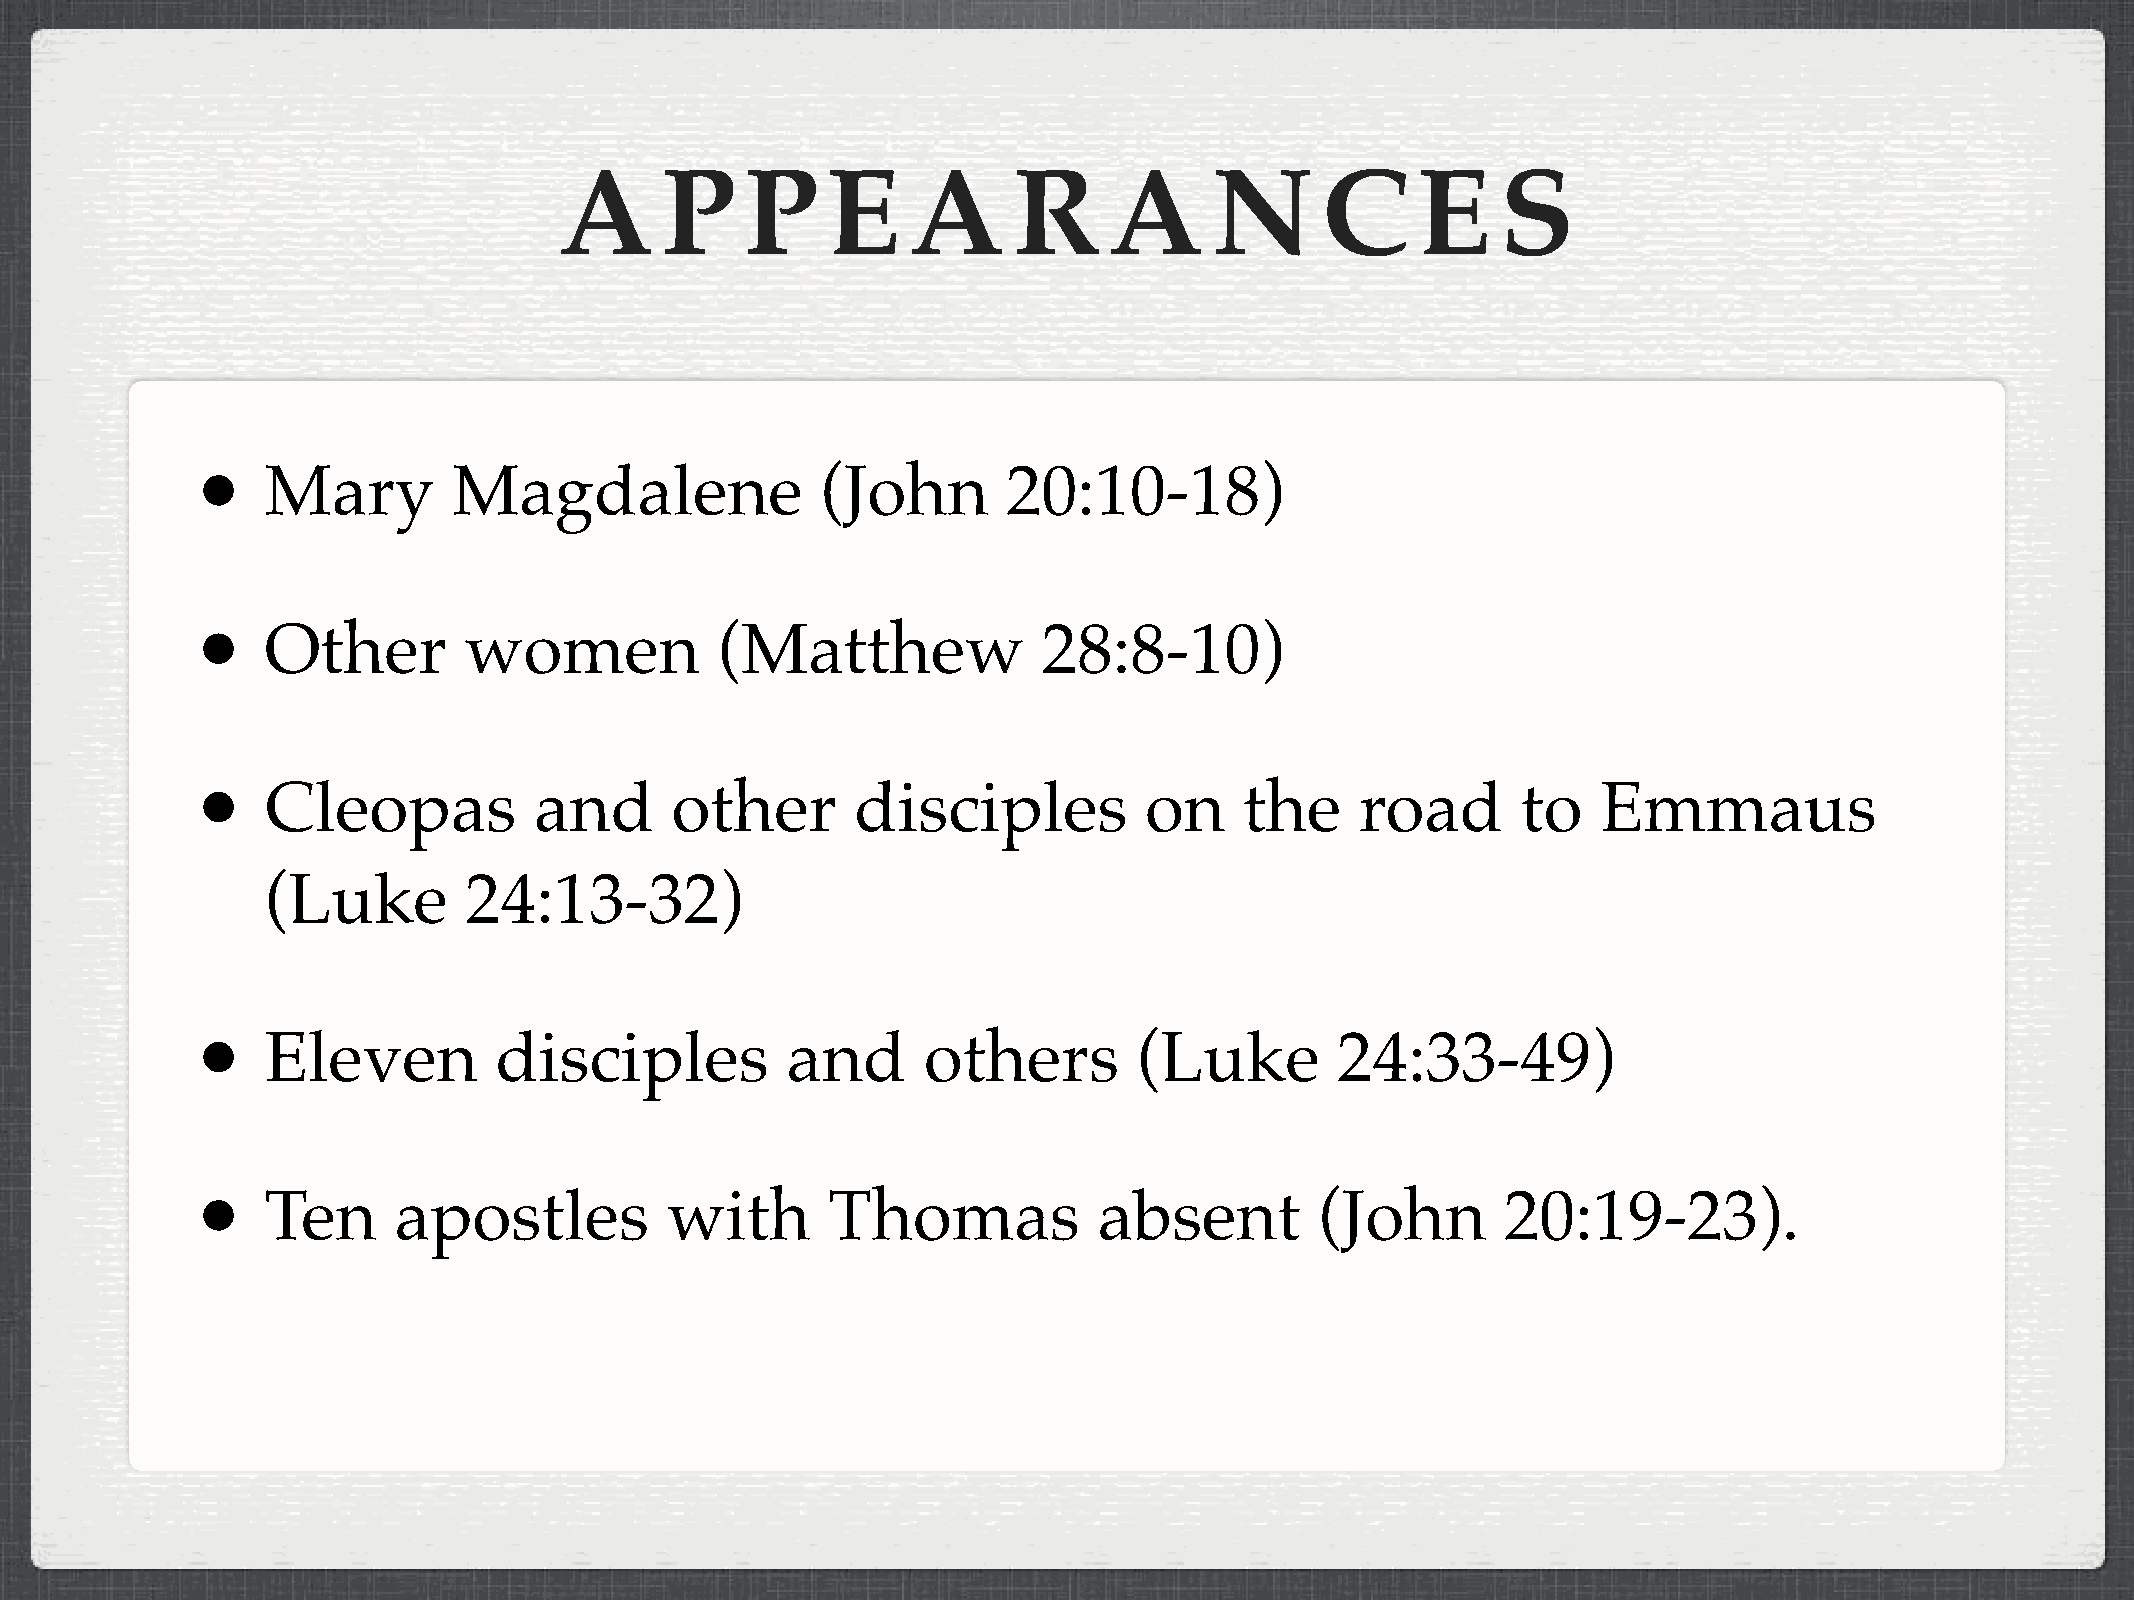
A      P    P     E    A      R     A      N      C      E    S
 •
 Mary        Magdalene               (John        20:10-18)
 •
 Other        women           (Matthew              28:8-10)
 •
 Cleopas          and      other        disciples          on    the     road       to   Emmaus
 (Luke        24:13-32)
 •
 Eleven         disciples          and      others        (Luke         24:33-49)
 •
 Ten     apostles          with       Thomas            absent        (John        20:19-23).